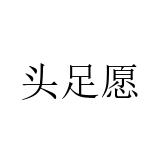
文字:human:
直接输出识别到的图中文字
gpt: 头足愿